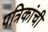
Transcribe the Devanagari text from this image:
पत्रिकांची